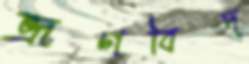
ভ্রূণবিদ